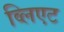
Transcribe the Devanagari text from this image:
व्लिएट